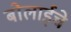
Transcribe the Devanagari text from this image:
बोलाईचे